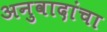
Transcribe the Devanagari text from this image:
अनुवादांचा